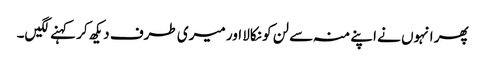
پھر انہوں نے اپنے منہ سے لن کو نکالا اور میری طرف دیکھ کر کہنے لگیں۔